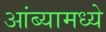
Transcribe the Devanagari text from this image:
आंब्यामध्ये